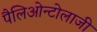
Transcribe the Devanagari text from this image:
पैलिओन्टोलाजी